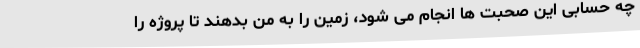
چه حسابی این صحبت ها انجام می شود، زمین را به من بدهند تا پروژه را